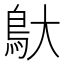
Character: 䲦